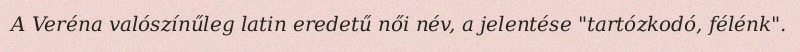
A Veréna valószínűleg latin eredetű női név, a jelentése "tartózkodó, félénk".